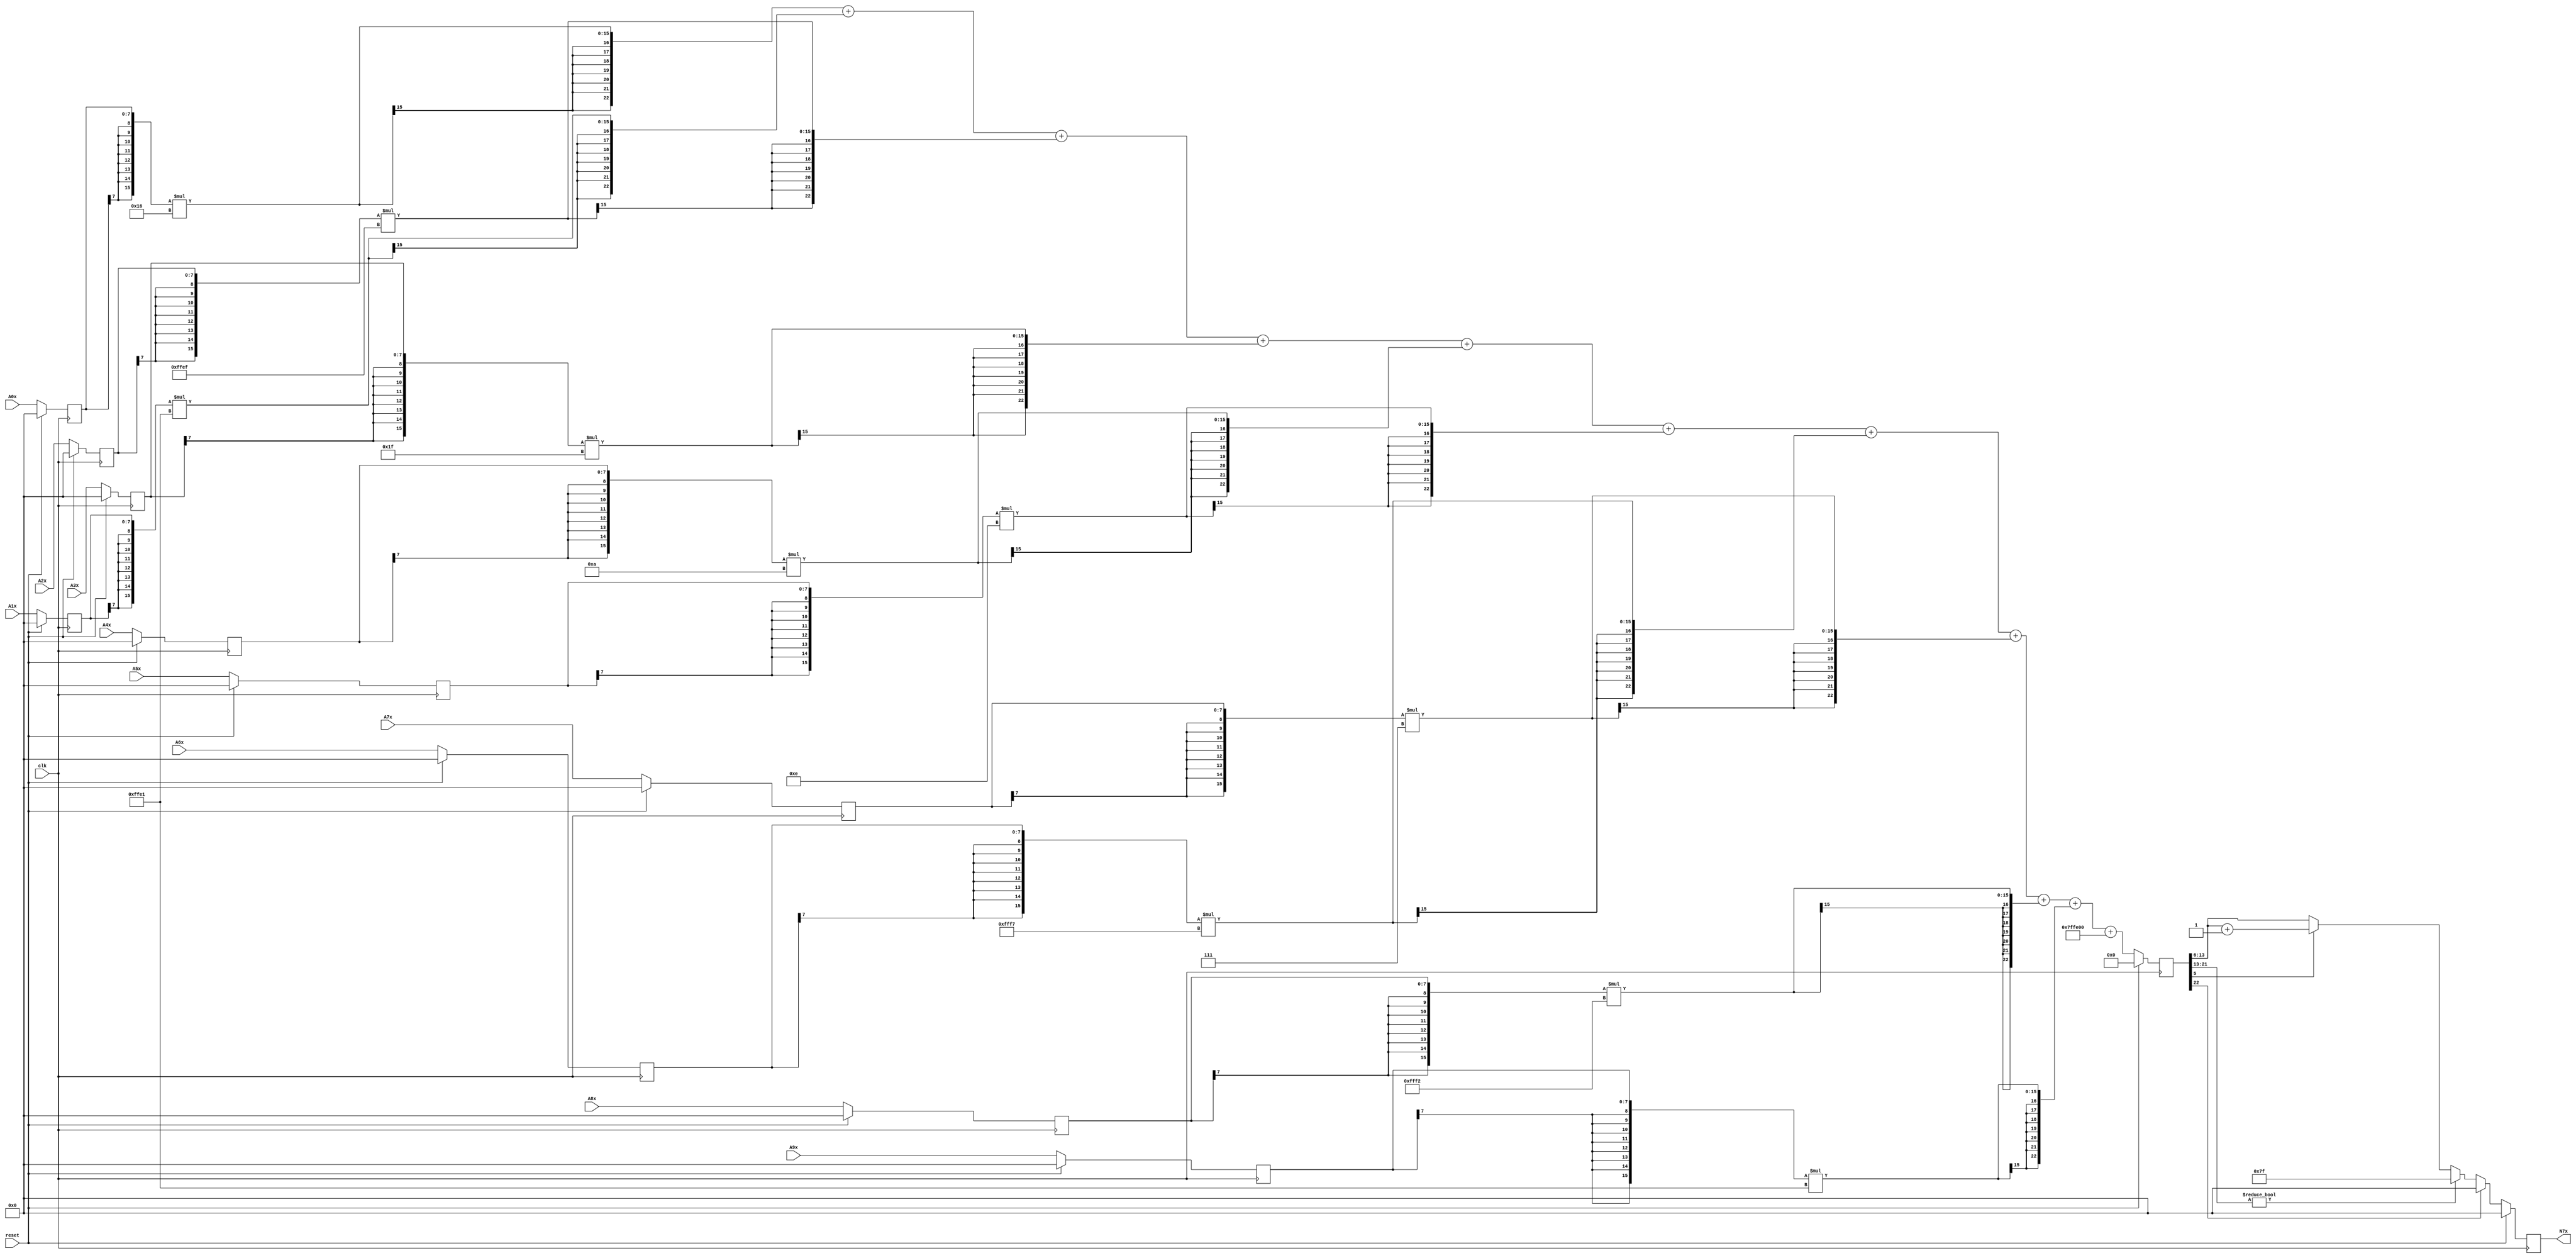
module node_3_7(clk,reset,N7x,A0x,A1x,A2x,A3x,A4x,A5x,A6x,A7x,A8x,A9x);
	input clk;
	input reset;
	input [7:0] A0x, A1x, A2x, A3x, A4x, A5x, A6x, A7x, A8x, A9x;
	reg [7:0] A0x_c, A1x_c, A2x_c, A3x_c, A4x_c, A5x_c, A6x_c, A7x_c, A8x_c, A9x_c;
	wire [15:0] sum0x, sum1x, sum2x, sum3x, sum4x, sum5x, sum6x, sum7x, sum8x, sum9x;
	output reg [7:0] N7x;
	reg [22:0] sumout;

	parameter [7:0] W0x=8'd22;
	parameter [7:0] W1x=-8'd31;
	parameter [7:0] W2x=-8'd17;
	parameter [7:0] W3x=8'd31;
	parameter [7:0] W4x=8'd10;
	parameter [7:0] W5x=8'd14;
	parameter [7:0] W6x=-8'd9;
	parameter [7:0] W7x=8'd7;
	parameter [7:0] W8x=-8'd14;
	parameter [7:0] W9x=-8'd31;
	parameter [15:0] B0x=-16'd512;


	assign sum0x = {A0x_c[7],A0x_c[7],A0x_c[7],A0x_c[7],A0x_c[7],A0x_c[7],A0x_c[7],A0x_c[7],A0x_c}*{W0x[7],W0x[7],W0x[7],W0x[7],W0x[7],W0x[7],W0x[7],W0x[7],W0x};
	assign sum1x = {A1x_c[7],A1x_c[7],A1x_c[7],A1x_c[7],A1x_c[7],A1x_c[7],A1x_c[7],A1x_c[7],A1x_c}*{W1x[7],W1x[7],W1x[7],W1x[7],W1x[7],W1x[7],W1x[7],W1x[7],W1x};
	assign sum2x = {A2x_c[7],A2x_c[7],A2x_c[7],A2x_c[7],A2x_c[7],A2x_c[7],A2x_c[7],A2x_c[7],A2x_c}*{W2x[7],W2x[7],W2x[7],W2x[7],W2x[7],W2x[7],W2x[7],W2x[7],W2x};
	assign sum3x = {A3x_c[7],A3x_c[7],A3x_c[7],A3x_c[7],A3x_c[7],A3x_c[7],A3x_c[7],A3x_c[7],A3x_c}*{W3x[7],W3x[7],W3x[7],W3x[7],W3x[7],W3x[7],W3x[7],W3x[7],W3x};
	assign sum4x = {A4x_c[7],A4x_c[7],A4x_c[7],A4x_c[7],A4x_c[7],A4x_c[7],A4x_c[7],A4x_c[7],A4x_c}*{W4x[7],W4x[7],W4x[7],W4x[7],W4x[7],W4x[7],W4x[7],W4x[7],W4x};
	assign sum5x = {A5x_c[7],A5x_c[7],A5x_c[7],A5x_c[7],A5x_c[7],A5x_c[7],A5x_c[7],A5x_c[7],A5x_c}*{W5x[7],W5x[7],W5x[7],W5x[7],W5x[7],W5x[7],W5x[7],W5x[7],W5x};
	assign sum6x = {A6x_c[7],A6x_c[7],A6x_c[7],A6x_c[7],A6x_c[7],A6x_c[7],A6x_c[7],A6x_c[7],A6x_c}*{W6x[7],W6x[7],W6x[7],W6x[7],W6x[7],W6x[7],W6x[7],W6x[7],W6x};
	assign sum7x = {A7x_c[7],A7x_c[7],A7x_c[7],A7x_c[7],A7x_c[7],A7x_c[7],A7x_c[7],A7x_c[7],A7x_c}*{W7x[7],W7x[7],W7x[7],W7x[7],W7x[7],W7x[7],W7x[7],W7x[7],W7x};
	assign sum8x = {A8x_c[7],A8x_c[7],A8x_c[7],A8x_c[7],A8x_c[7],A8x_c[7],A8x_c[7],A8x_c[7],A8x_c}*{W8x[7],W8x[7],W8x[7],W8x[7],W8x[7],W8x[7],W8x[7],W8x[7],W8x};
	assign sum9x = {A9x_c[7],A9x_c[7],A9x_c[7],A9x_c[7],A9x_c[7],A9x_c[7],A9x_c[7],A9x_c[7],A9x_c}*{W9x[7],W9x[7],W9x[7],W9x[7],W9x[7],W9x[7],W9x[7],W9x[7],W9x};

	always@(posedge clk) begin

		if(reset)
			begin
			N7x<=8'd0;
			sumout<=16'd0;
			A0x_c <= 8'd0;
			A1x_c <= 8'd0;
			A2x_c <= 8'd0;
			A3x_c <= 8'd0;
			A4x_c <= 8'd0;
			A5x_c <= 8'd0;
			A6x_c <= 8'd0;
			A7x_c <= 8'd0;
			A8x_c <= 8'd0;
			A9x_c <= 8'd0;
			end
		else
			begin
			A0x_c <= A0x;
			A1x_c <= A1x;
			A2x_c <= A2x;
			A3x_c <= A3x;
			A4x_c <= A4x;
			A5x_c <= A5x;
			A6x_c <= A6x;
			A7x_c <= A7x;
			A8x_c <= A8x;
			A9x_c <= A9x;
			sumout<={sum0x[15],sum0x[15],sum0x[15],sum0x[15],sum0x[15],sum0x[15],sum0x[15],sum0x}+{sum1x[15],sum1x[15],sum1x[15],sum1x[15],sum1x[15],sum1x[15],sum1x[15],sum1x}+{sum2x[15],sum2x[15],sum2x[15],sum2x[15],sum2x[15],sum2x[15],sum2x[15],sum2x}+{sum3x[15],sum3x[15],sum3x[15],sum3x[15],sum3x[15],sum3x[15],sum3x[15],sum3x}+{sum4x[15],sum4x[15],sum4x[15],sum4x[15],sum4x[15],sum4x[15],sum4x[15],sum4x}+{sum5x[15],sum5x[15],sum5x[15],sum5x[15],sum5x[15],sum5x[15],sum5x[15],sum5x}+{sum6x[15],sum6x[15],sum6x[15],sum6x[15],sum6x[15],sum6x[15],sum6x[15],sum6x}+{sum7x[15],sum7x[15],sum7x[15],sum7x[15],sum7x[15],sum7x[15],sum7x[15],sum7x}+{sum8x[15],sum8x[15],sum8x[15],sum8x[15],sum8x[15],sum8x[15],sum8x[15],sum8x}+{sum9x[15],sum9x[15],sum9x[15],sum9x[15],sum9x[15],sum9x[15],sum9x[15],sum9x}+{B0x[15],B0x[15],B0x[15],B0x[15],B0x[15],B0x[15],B0x[15],B0x};

			if(sumout[22]==0)
				begin
				if(sumout[21:13]!=9'b0)
					N7x<=8'd127;
				else
					begin
					if(sumout[5]==1)
						N7x<=sumout[13:6]+8'd1;
					else
						N7x<=sumout[13:6];
					end
				end
			else
				N7x<=8'd0;
			end
		end
endmodule